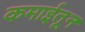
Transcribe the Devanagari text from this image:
कमाईतून